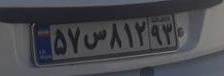
۵۷س۸۱۲۹۳